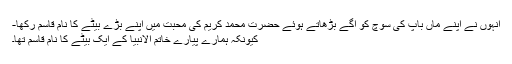
انہوں نے اپنے ماں باپ کی سوچ کو آگے بڑھاتے ہوئے حضرت محمد کریمؐ کی محبت میں اپنے بڑے بیٹے کا نام قاسم رکھا-
کیونکہ ہمارے پیارے خاتم الانبیاؐ کے ایک بیٹے کا نام قاسم تھا۔